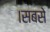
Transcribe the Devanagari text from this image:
।सबसे